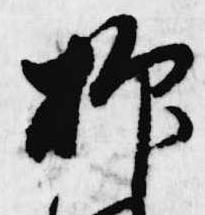
抑